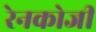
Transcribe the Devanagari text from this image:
रेनकोजी